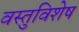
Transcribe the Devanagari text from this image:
वस्तुविशेष